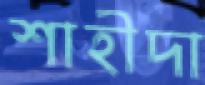
শাহীদা